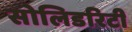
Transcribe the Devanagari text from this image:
सोलिडरिटी